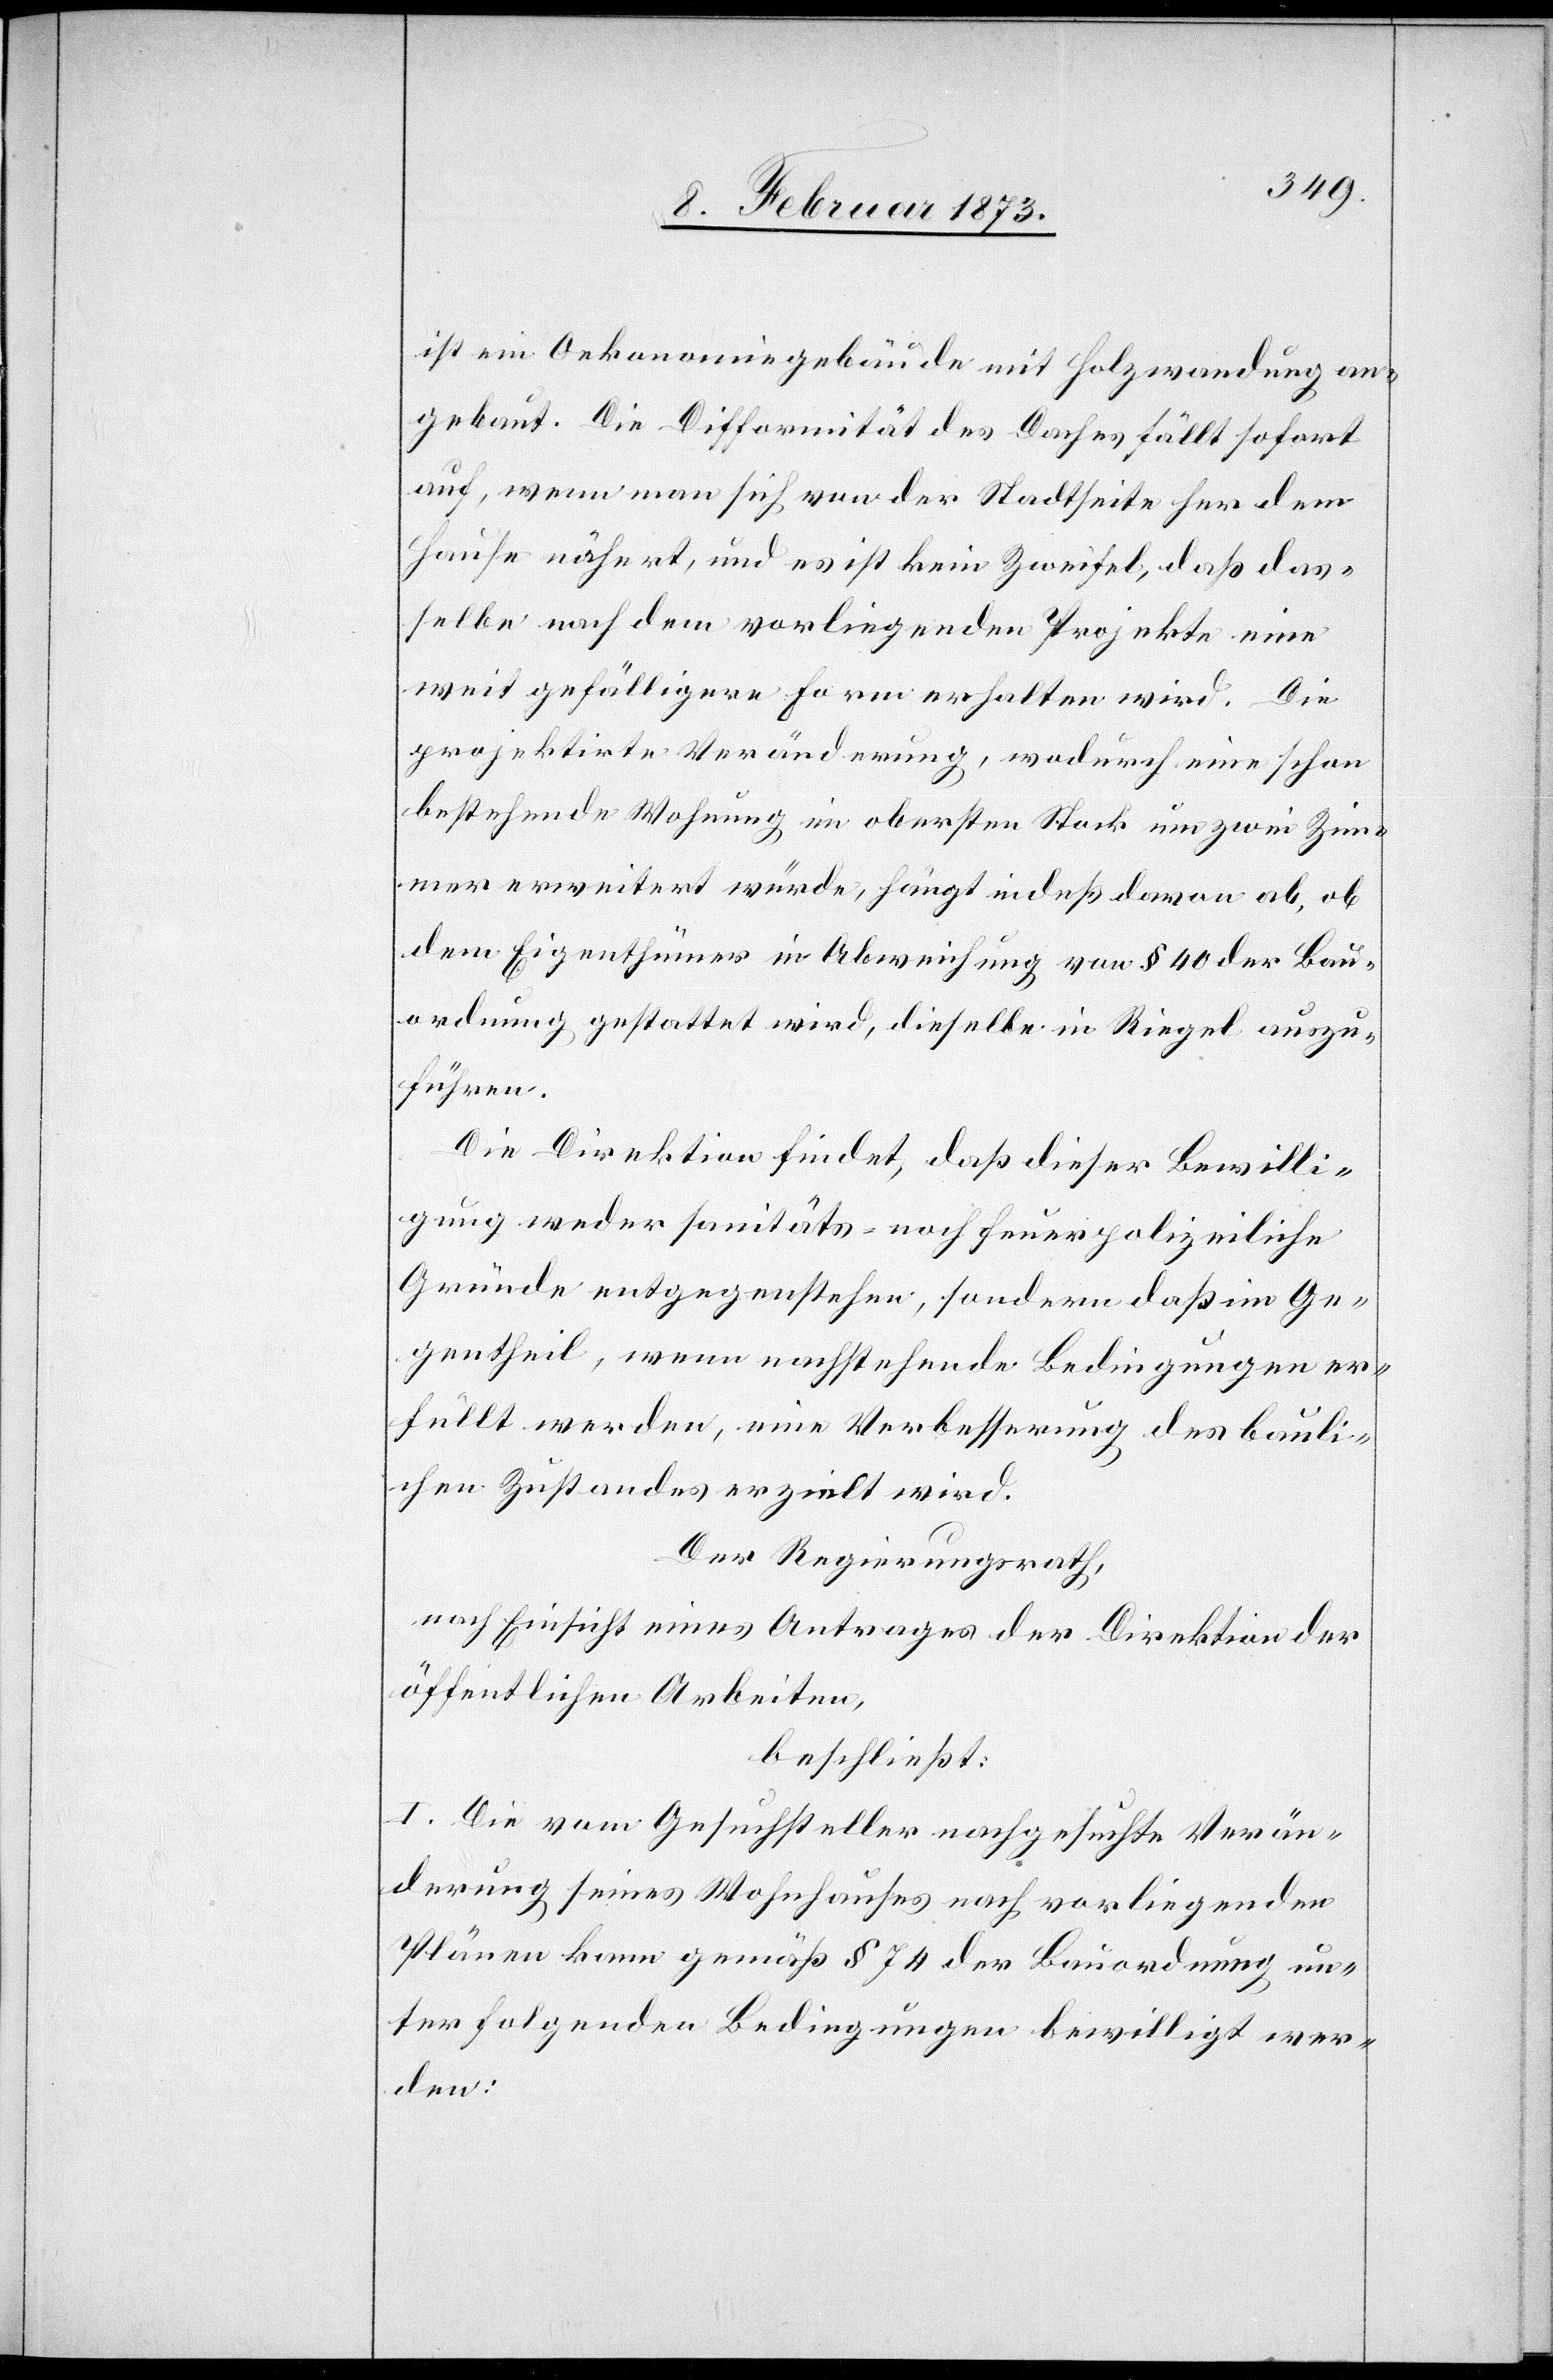
ist ein Oekonomiegebäude mit Holzwandung an¬
gebaut. Die Difformität des Daches fällt sofort
auf, wenn man sich von der Stadtseite her dem
Hause nähert, und es ist kein Zweifel, daß das¬
selbe nach dem vorliegenden Projekte eine
weit gefälligere Form erhalten wird. Die
projektirte Veränderung, wodurch eine schon
bestehende Wohnung im obersten Stock um zwei Zimm¬
er erweitert würde, hängt indeß davon ab, ob
dem Eigenthümer in Abweichung von § 40 der Bau¬
ordnung gestattet wird, dieselbe in Riegel auszu¬
führen.
Die Direktion findet, daß dieser Bewilli¬
gung weder sanitäts- noch feuerpolizeiliche
Gründe entgegenstehen, sondern daß im Ge¬
gentheil, wenn nachstehende Bedingungen er¬
füllt werden, eine Verbesserung des bauli¬
chen Zustandes erzielt wird.
Der Regierungsrath,
nach Einsicht eines Antrages der Direktion der
öffentlichen Arbeiten,
beschließt:
I. Die vom Gesuchsteller nachgesuchte Verän¬
derung seines Wohnhauses nach vorliegenden
Plänen kann gemäß § 74 der Bauordnung un¬
ter folgenden Bedingungen bewilligt wer¬
den: